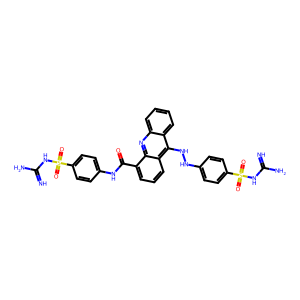
SMILES: N=C(N)NS(=O)(=O)c1ccc(NNc2c3ccccc3nc3c(C(=O)Nc4ccc(S(=O)(=O)NC(=N)N)cc4)cccc23)cc1
Inhibits HIV replication: No